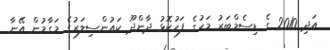
އަދި 2010 ގެ ޑިސެމްބަރު މަހުގެ ފަހުކޮޅު ދާންދޫ ކައުންސިލަރުގެ މަގާމުން އޭނާ